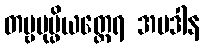
တမ္ဗပုပ္ဖိယတ္ထေရ အပဒါန